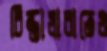
চিন্তাধারাতেও